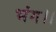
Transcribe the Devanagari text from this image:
भंग।।